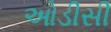
ઓડીસી